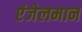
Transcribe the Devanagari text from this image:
एंजेलमान